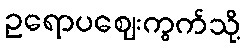
ဥရောပဈေးကွက်သို့